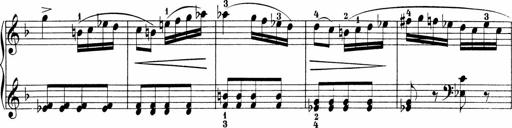
Title: Sonatinen Op.47, 98 und 136, nebst 6 Liedersonatinen
Composer: Carl Reinecke